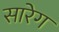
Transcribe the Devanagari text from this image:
सारेग